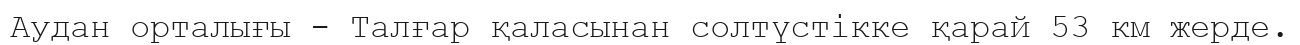
Аудан орталығы - Талғар қаласынан солтүстікке қарай 53 км жерде.